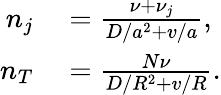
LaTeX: \begin{array}{rl}{n_{j}}&{{}=\frac{\nu+\nu_{j}}{D/a^{2}+v/a},}\\ {n_{T}}&{{}=\frac{N\nu}{D/R^{2}+v/R}.}\end{array}